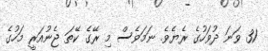
31 ވަނަ ދުވަހުގެ ރެޔެވެ. ނަމަވެސް މި ރޭގެ ކޭތަ ޖެނުއަރީ މަހުގެ